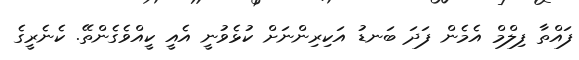
ފައްތާ ފިލްމް އެމެން ފަދަ ބަނޑު އަކިރިންނަށް ކުޅެވުނީ އެއީ ކީއްވެގެންތޭ. ކެނެރީގެ